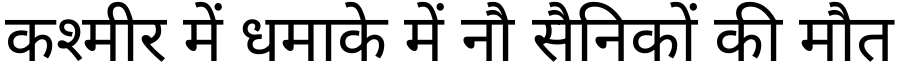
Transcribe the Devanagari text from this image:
कश्मीर में धमाके में नौ सैनिकों की मौत